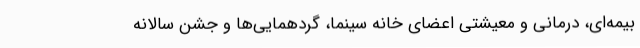
بیمه‌ای، درمانی و معیشتی اعضای خانه سینما، گردهمایی‌ها و جشن سالانه